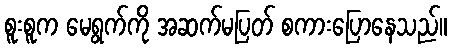
စူးစူက မေရွက်ကို အဆက်မပြတ် စကားပြောနေသည်။